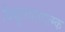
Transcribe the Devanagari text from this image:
विद्युतगत्यात्म्क